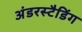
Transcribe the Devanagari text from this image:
अंडरस्टैडिंग